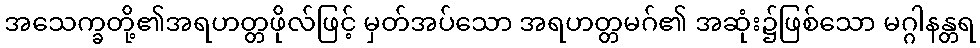
အသေက္ခတို့၏အရဟတ္တဖိုလ်ဖြင့် မှတ်အပ်သော အရဟတ္တမဂ်၏ အဆုံး၌ဖြစ်သော မဂ္ဂါနန္တရ